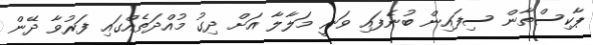
ޕާކިސްތާން ސިފައިން ބުނެފައި ވަނީ މަލާލާ އަށް ދިގު މުއްދަތެއްގައި ފަރުވާ ދޭން